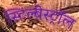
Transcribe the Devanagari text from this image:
स्टिल्बेस्ट्रॉल